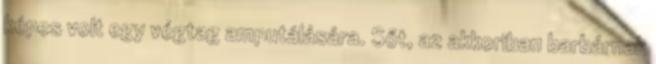
képes volt egy végtag amputálására. Sőt, az akkoriban barbárnak